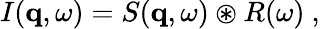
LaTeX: \begin{array}{r}{I(\mathbf{q},\omega)=S(\mathbf{q},\omega)\circledast R(\omega)\ ,}\end{array}